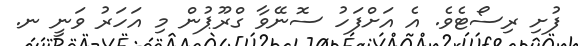
ފުށި ރިސޯޓެވެ. އެ އަށްފަހު ސޮނޭވާ ގްރޫޕުން މި އަހަރު ވަނީ ނ.